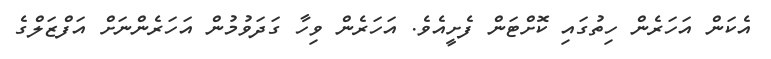
އެކަން އަހަރެން ހިތުގައި ކޮށްޓަން ފެށީއެވެ. އަހަރެން ވިހާ ގަދަވުމުން އަހަރެންނަށް އަފްޒަލްގެ